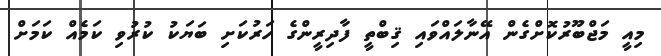
މިއީ މަޖްބޫރުކޮށްގެން އޭނާލައްވައި ޤިބްތީ ފާދިރީންގެ ހަރުކަށި ބަޔަކު ކުރުވި ކަމެއް ކަމަށް